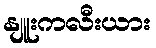
နျူးကလီးယား